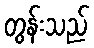
တွန်းသည်